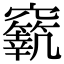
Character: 𥨼